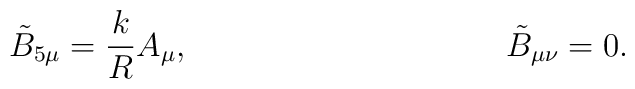
\tilde{B}_{5 \mu}=\frac{k}{R} A_\mu,\hspace{40mm} \tilde{B}_{\mu \nu}= 0  .